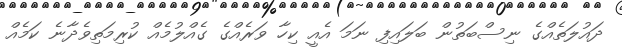
ދައުލަތެއްގެ ނިސްބަތުން ބަލައިފި ނަމަ އެއީ ކިހާ ވަރެއްގެ ގެއްލުމެއް ކުރިމަތިވެދާނެ ކަމެއް